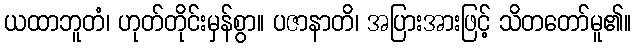
ယထာဘူတံ၊ ဟုတ်တိုင်းမှန်စွာ။ ပဇာနာတိ၊ အပြားအားဖြင့် သိတတော်မူ၏။